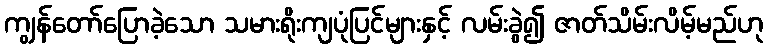
ကျွန်တော်ပြောခဲ့သော သမားရိုးကျပုံပြင်များနှင့် လမ်းခွဲ၍ ဇာတ်သိမ်းလိမ့်မည်ဟု